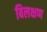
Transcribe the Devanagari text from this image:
बिलक्षण